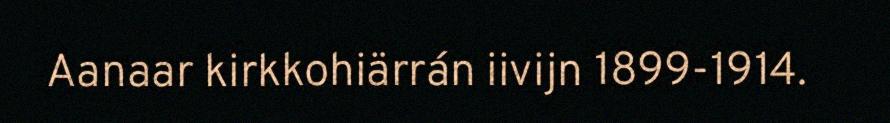
Aanaar kirkkohiärrán iivijn 1899-1914.